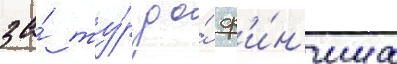
за́ ту́р до́ ф'и́н'иша